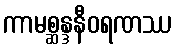
ကာမစ္ဆန္ဒနီဝရဏဿ